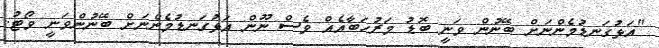
"އަޅުގަނޑުމެންނަށް ބޭނުން ވަނީ ބޮޑު މަރުހަބާއެއް ވެސް ނޫން އަޅުގަނޑުމެންނަށް ބޭނުންވަނީ ވޯޓު.